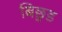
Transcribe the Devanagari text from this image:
बिछुड